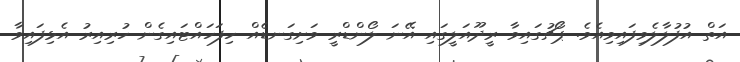
އަތް އުފުލާލެވިފައިވިއެވެ. ޕޯޗުގައިވާ ރީދޫއަލީގައި އޭނަ ލޯންޑްރީ ވަށިގަނޑެއް ހިފަހައްޓައިގެން ހުރިއިރު އެޅިފައިވާ